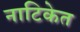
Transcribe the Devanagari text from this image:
नाटिकेत